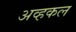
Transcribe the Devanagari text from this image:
अव्हकल